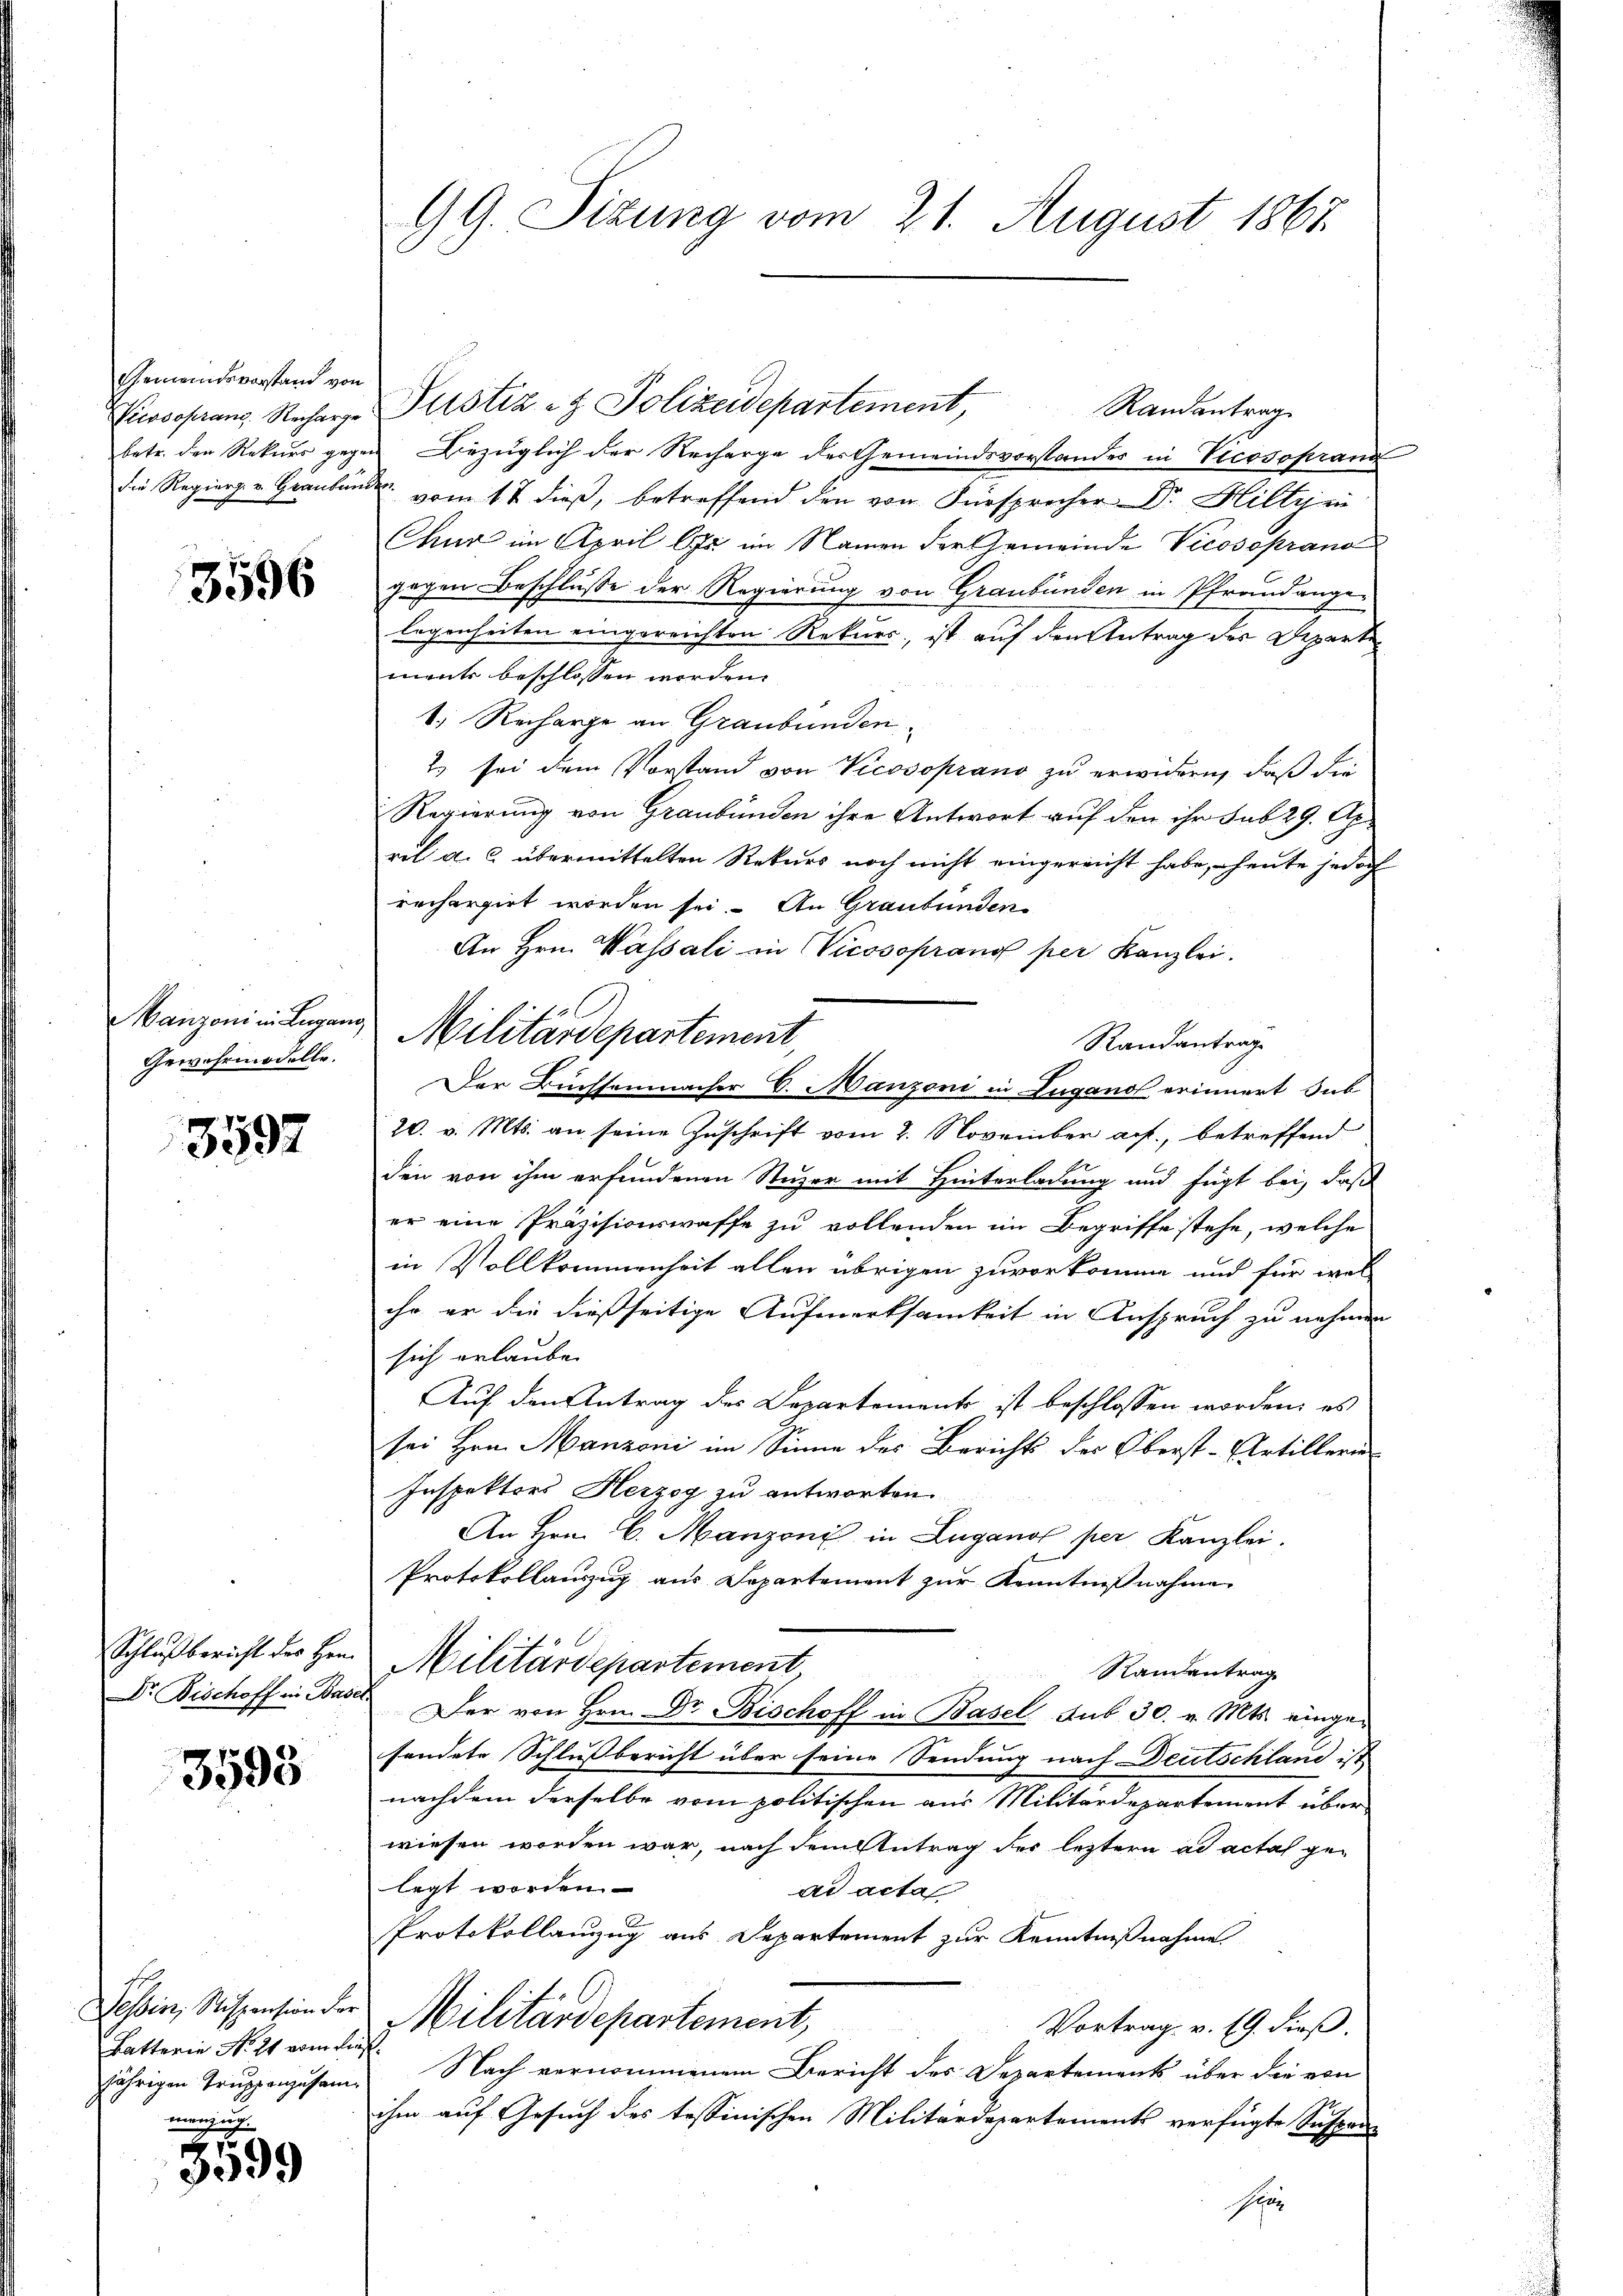
Gemeindsvorstand von

3596

Manzoni in Lugan
Gewahrmodelle.

3597

Schlußbericht des Her

3593

Batterie No 24 von die

5599

99. Sizung vom 21. August 1867.

iososrang Recharge ustiz- & Polizeidepartement,
Randantrag
betr. den Rekurs gegen Bezüglich der Recharge des Gemeindsvorstandes in Vicosoprand
die Regier u. Graubünde vom 1 t dieβ, betreffend den von Fürsprecher Dr. Hilty in
Chur im April la im Namen der Gemeinde Vicosoprand
gegen Beschlusse der Regierung von Graubünden in Pfrandange-
legenheiten eingereichten Rekurs, ist auf den Antrag des Departe
ments beschlossen worden.
1. Recharge an Graubünden
2 sei dem Vorstand von Vicosoprano zu erwidern, daß die
Regierung von Graubünden ihre Antwort auf den ihr sub 29. Ap
ril a. c. übermittelten Rekurs noch nicht eingereicht habe, heute jedoch
rechargirt worden sei. An Graubünden
An Hrn. Wassali in Vicosoprang per Kanzlei.
 Militärdepartement,
Standantrage
Der Büchsemnacher C. Manzoni in Luganos erinnert Sub
20. v. Mts. an seine Zuschrift vom 2. November auf, betreffend
den von ihm erfundenen Stuzer mit Hinterladung und fügt bei, daß
er eine Präzisionswaffe zu vollenden im Begriffe stehe, welche
in Vollkommenheit allen übrigen zuvorkomme und für wel
ihr er die dießseitige Aufmerksamkeit in Anspruch zu nehmen
sich erlauben
Auf den Antrag des Departements ist beschlossen worden, es
sei Hrn. Manzoni im Sinne des Berichts des Oberst-Artillerie
Inspektors Herzog zu antworten.
An Hrn. C. Manzoni in Lugano per Kanzlei.
Protokollauszug aus Separtement zur Kenntnißnahme
Militärdepartement,
Randentrag
Dr. Fischoff in Basel. Der von Hrn. Dr. Bischoff in Basel sub 30. v. Mts. eingesendete Schlussbericht über seine Sendung nach Deutschland ist
nachdem derselbe vom politischen aus Militärdepartement über
wiesen worden war, nach dem Antrag der leztern ad actat ge-
legt worden.
ad acta
Protokollanzug aus Departement zur Kenntnißnahme
Tessin, Stispension der Militärdepartement,
Vortrag v. 19. dieß.
ih
jährigen Truppenzusam. Nach vernommenem Bericht des Departements über die von
ihm auf Gesuch des tessinischen Militärdepartements verfügte Suspen-
Herr